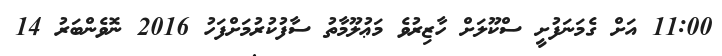
11:00 އަށް ގެމަނަފުށީ ސްކޫލަށް ހާޒިރުވެ މަޢުލޫމާތު ސާފުކުރުމަށްފަހު 2016 ނޮވެންބަރު 14